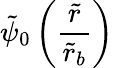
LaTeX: \tilde{\psi}_{0}\left(\frac{\tilde{r}}{\tilde{r}_{b}}\right)